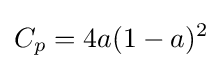
C_{p}=4a(1-a)^{2}